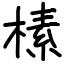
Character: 榡